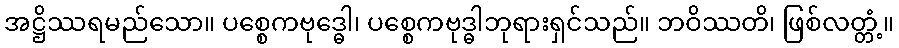
အဋ္ဌိဿရမည်သော။ ပစ္စေကဗုဒ္ဓေါ၊ ပစ္စေကဗုဒ္ဓါဘုရားရှင်သည်။ ဘဝိဿတိ၊ ဖြစ်လတ္တံ့။